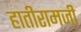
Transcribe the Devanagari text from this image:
हातीरामजी